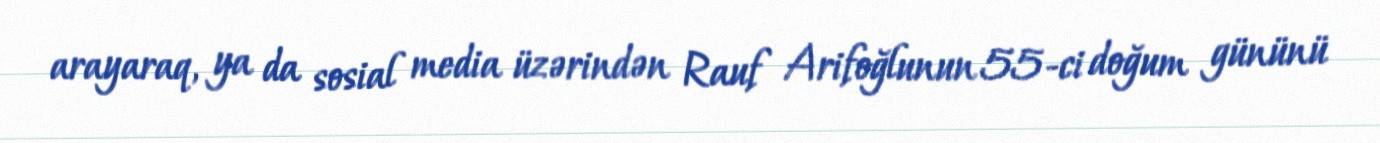
arayaraq, ya da sosial media üzərindən Rauf Arifoğlunun 55-ci doğum gününü